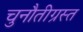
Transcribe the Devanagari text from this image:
चुनौतीग्रस्त